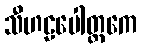
သီဟဠပေါတ္ထကေ